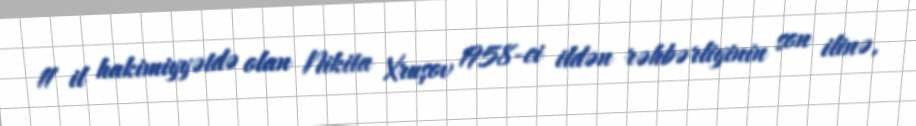
11 il hakimiyyətdə olan Nikita Xruşov 1958-ci ildən rəhbərliyinin son ilinə,